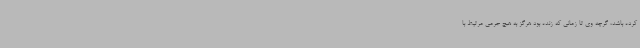
کرده باشد، گرچه وی تا زمانی که زنده بود هرگز به هیچ جرمی مرتبط با